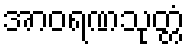
အာဝရဏသုတ္တံ